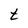
Character: t